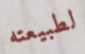
لطبيعته